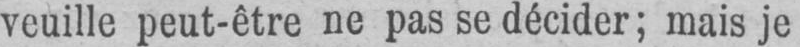
veuille peut-être ne pas se décider; mais je